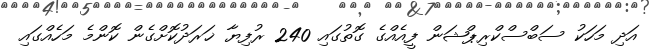
އަދި މަހަކު ސަބްސްކްރިޕްޝަން ފީއެއްގެ ގޮތުގައި 240 ރުފިޔާ ޚަރަދުކޮށްގެން ކޮންމެ މަހެއްގައި